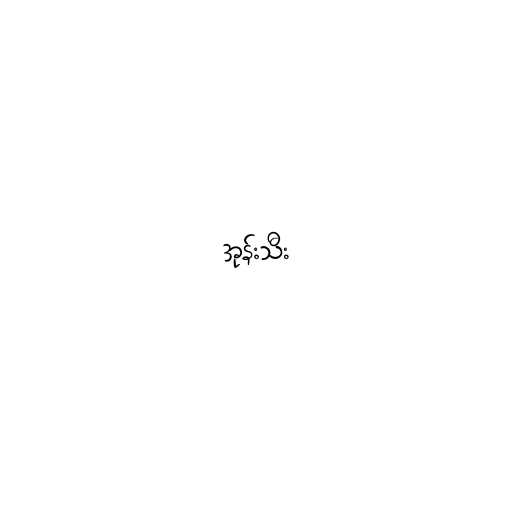
အုန်းသီး